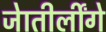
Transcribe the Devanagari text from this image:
जेातीर्लींगे